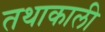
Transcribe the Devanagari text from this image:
तथाकाली